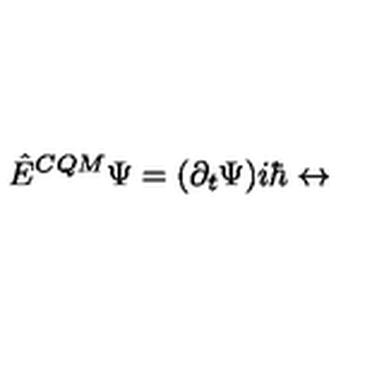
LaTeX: \hat { E } ^ { C Q M } \Psi = ( \partial _ { t } \Psi ) i \hbar \leftrightarrow